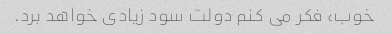
خوب، فکر می کنم دولت سود زیادی خواهد برد.